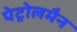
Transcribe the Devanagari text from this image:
पेट्रोलमैन